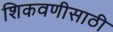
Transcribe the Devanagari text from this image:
शिकवणीसाठी